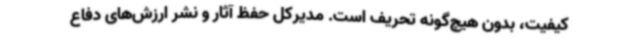
کیفیت، بدون هیچ‌گونه تحریف است. مدیرکل حفظ آثار و نشر ارزش‌های دفاع